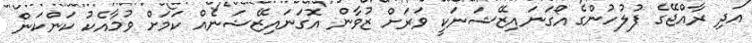
އަދި ރާއްޖޭގެ ފުލުހުންގެ އޯގަނައިޒޭޝަނަކީ ވަރަށް ޒުވާން އޮގަނައިޒޭޝަނެއް ކަމަށް ވުމާއެކު ކަންކަން